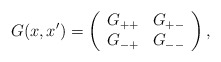
\begin{align*}G(x,x') = \left(\begin{array}{cc}G_{++} & G_{+-} \\G_{-+} & G_{--}\end{array}\right),\end{align*}